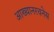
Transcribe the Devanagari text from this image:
आख्यानरचनेस